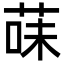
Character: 菋